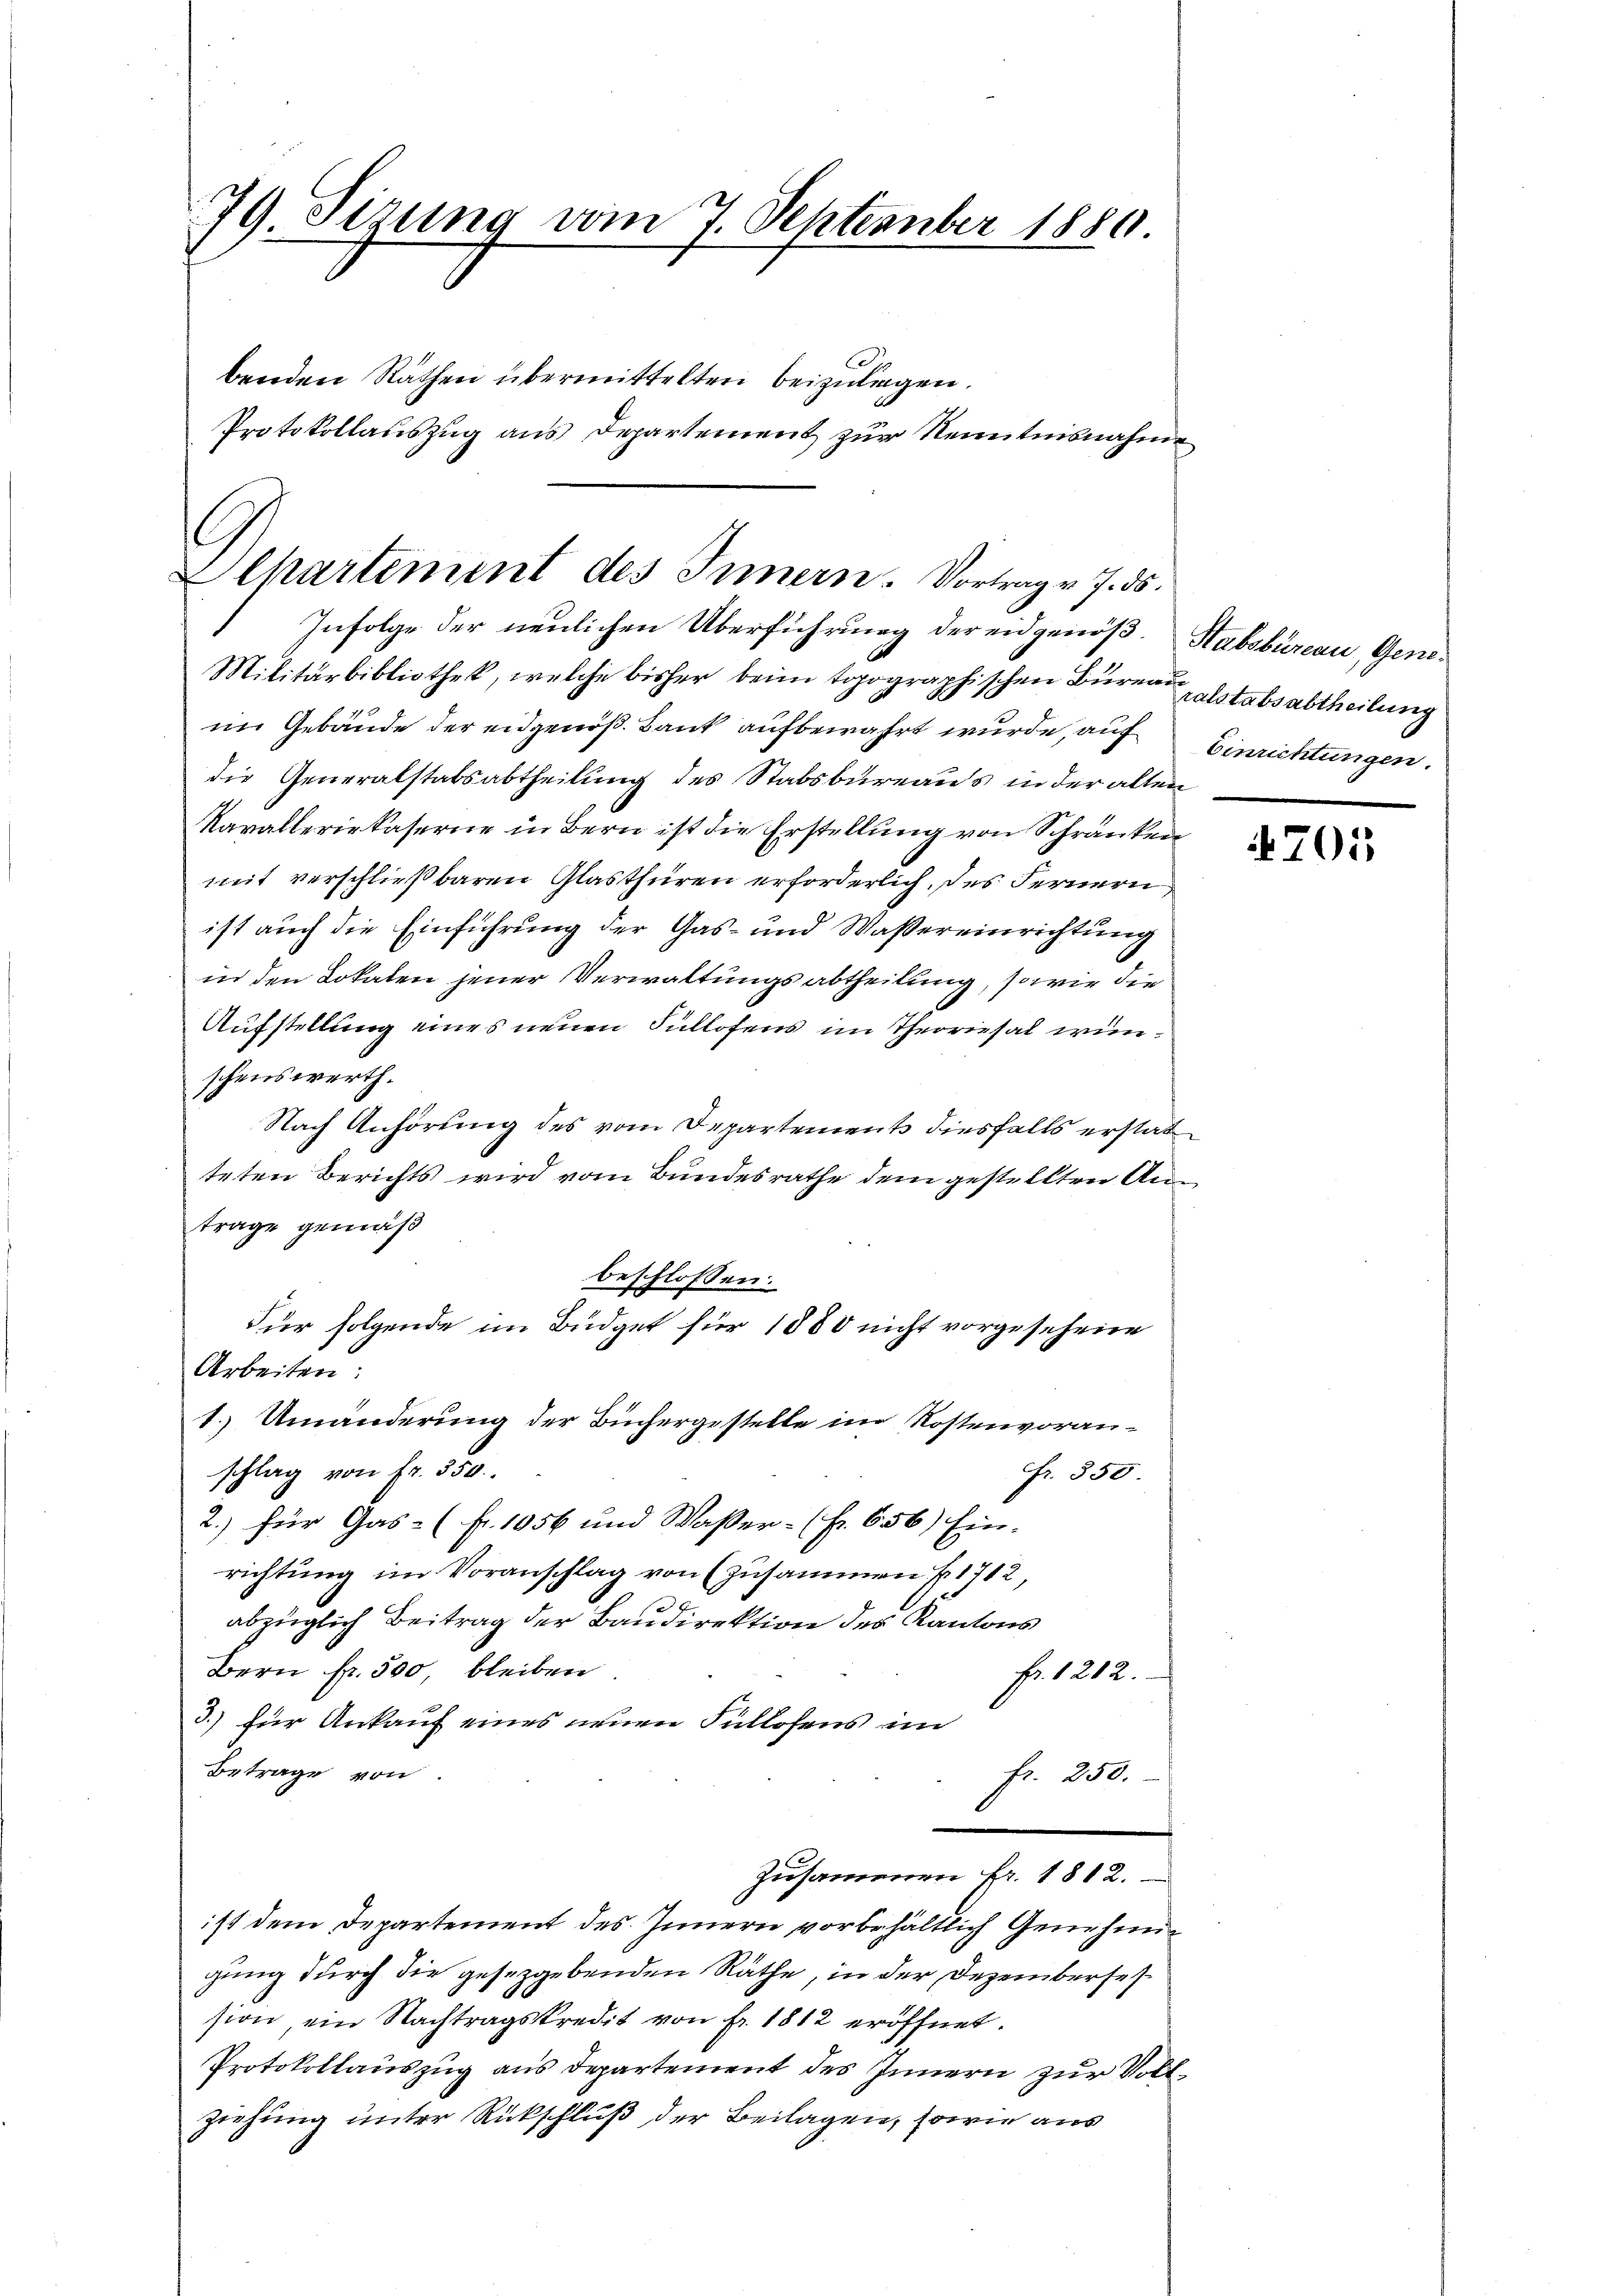
79 Tirung vom 7. September 1880

benden Räthen übermittelten beizulagen.

Alpartement des Innern. Vortrag v. J. ds.

Protokollauszug aus Departement zur Kenntnisnahme

Infolge der neulichen Überführung der eidgenöß. Habsbureau, Gene¬
Militärbibliothek, welche bisher beim topographischen Büren, alstabsabtheilung
im Gebäude der eidgenoß. Bank aufbewahrt wurde, auf
die Generalstabsabtheilung des Stabsbureaus in der alten
Kavalleriekaserne in Bern ist die Erstellung von Schränken
mit verschließbaren Glasthüren erforderlich, des Fernern
ist auch die Einführung der Gas- und Wassereinrichtung
in den Lokalen jener Verwaltungsabtheilung, sowie die
Aufstellung eines neuen Sullofens im Theoriesal wunschenswerth.
Nach Anhörung des vom Departements diesfalls erstat
teten Berichts wird vom Bundesrathe dem gestellten Antrage gemäß
beschlossen:
Für folgende im Büdget für 1880 nicht vorgesehene
Arbeiten
1. Umänderung der Büchergestelle im Kostenvoranschlag von fr. 550.
Fr. 350.
2.) für Gas- (fr. 1056 und Wasser- (Fr. 656) Ein-
richtung im Voranschlag von (zusammen fr. 1712,
abzüglich Beitrag der Baudirektion des Kantons
Bern Fr. 500, bleiben
fr. 1202.
3.) für Ankauf eines neuen Fullosens im
Betrage von
fr. 250.
Zusammenen Fr. 1812.
ist dem Departement des Innern vorbehältlich Genehmigung durch die gesetzgebenden Räthe, in der Dezemberselsion, ein Nachtragskredit von fr. 1812 eröffnet.
Protokollauszug aus Departement des Innern zur Vollziehung unter Rückschluß der Beilagen, sowie aus

Einrichtungen.

4701